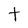
Character: t